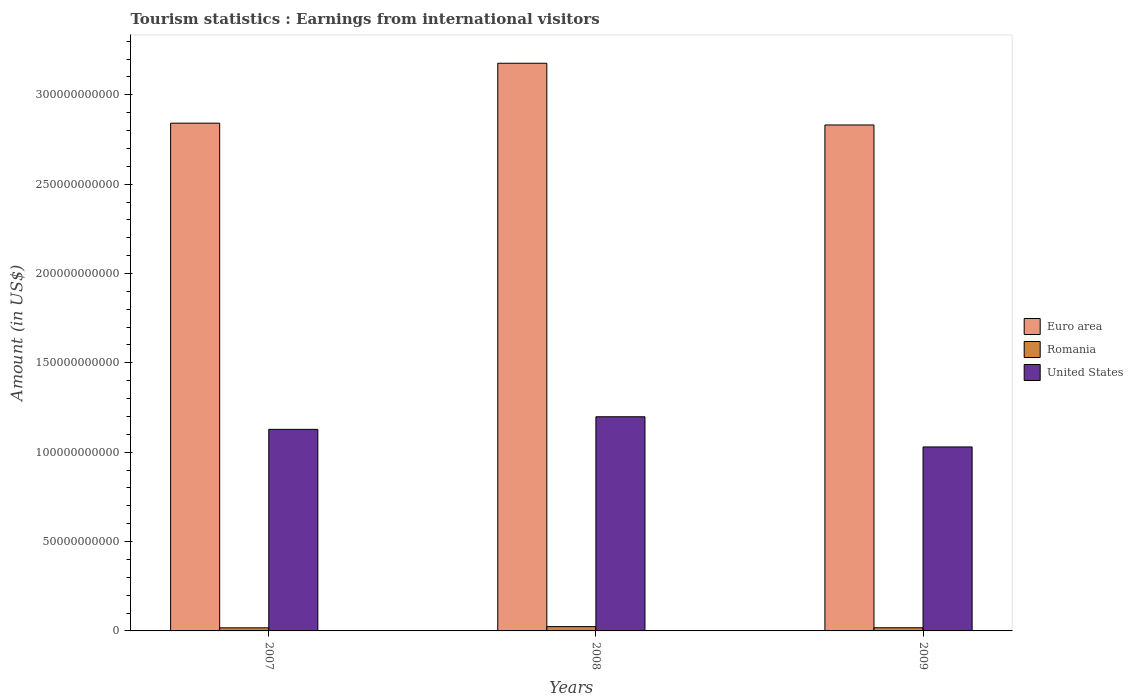
| Years | Euro area | Romania | United States |
 | --- | --- | --- | --- |
 | 2007 | 2.84e+11 | 1.72e+09 | 1.13e+11 |
 | 2008 | 3.18e+11 | 2.41e+09 | 1.2e+11 |
 | 2009 | 2.83e+11 | 1.77e+09 | 1.03e+11 |